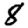
Digit: 8